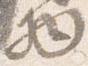
物